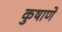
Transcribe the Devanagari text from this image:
कुषाणे